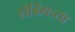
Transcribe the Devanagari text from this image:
शेडिंगच्या